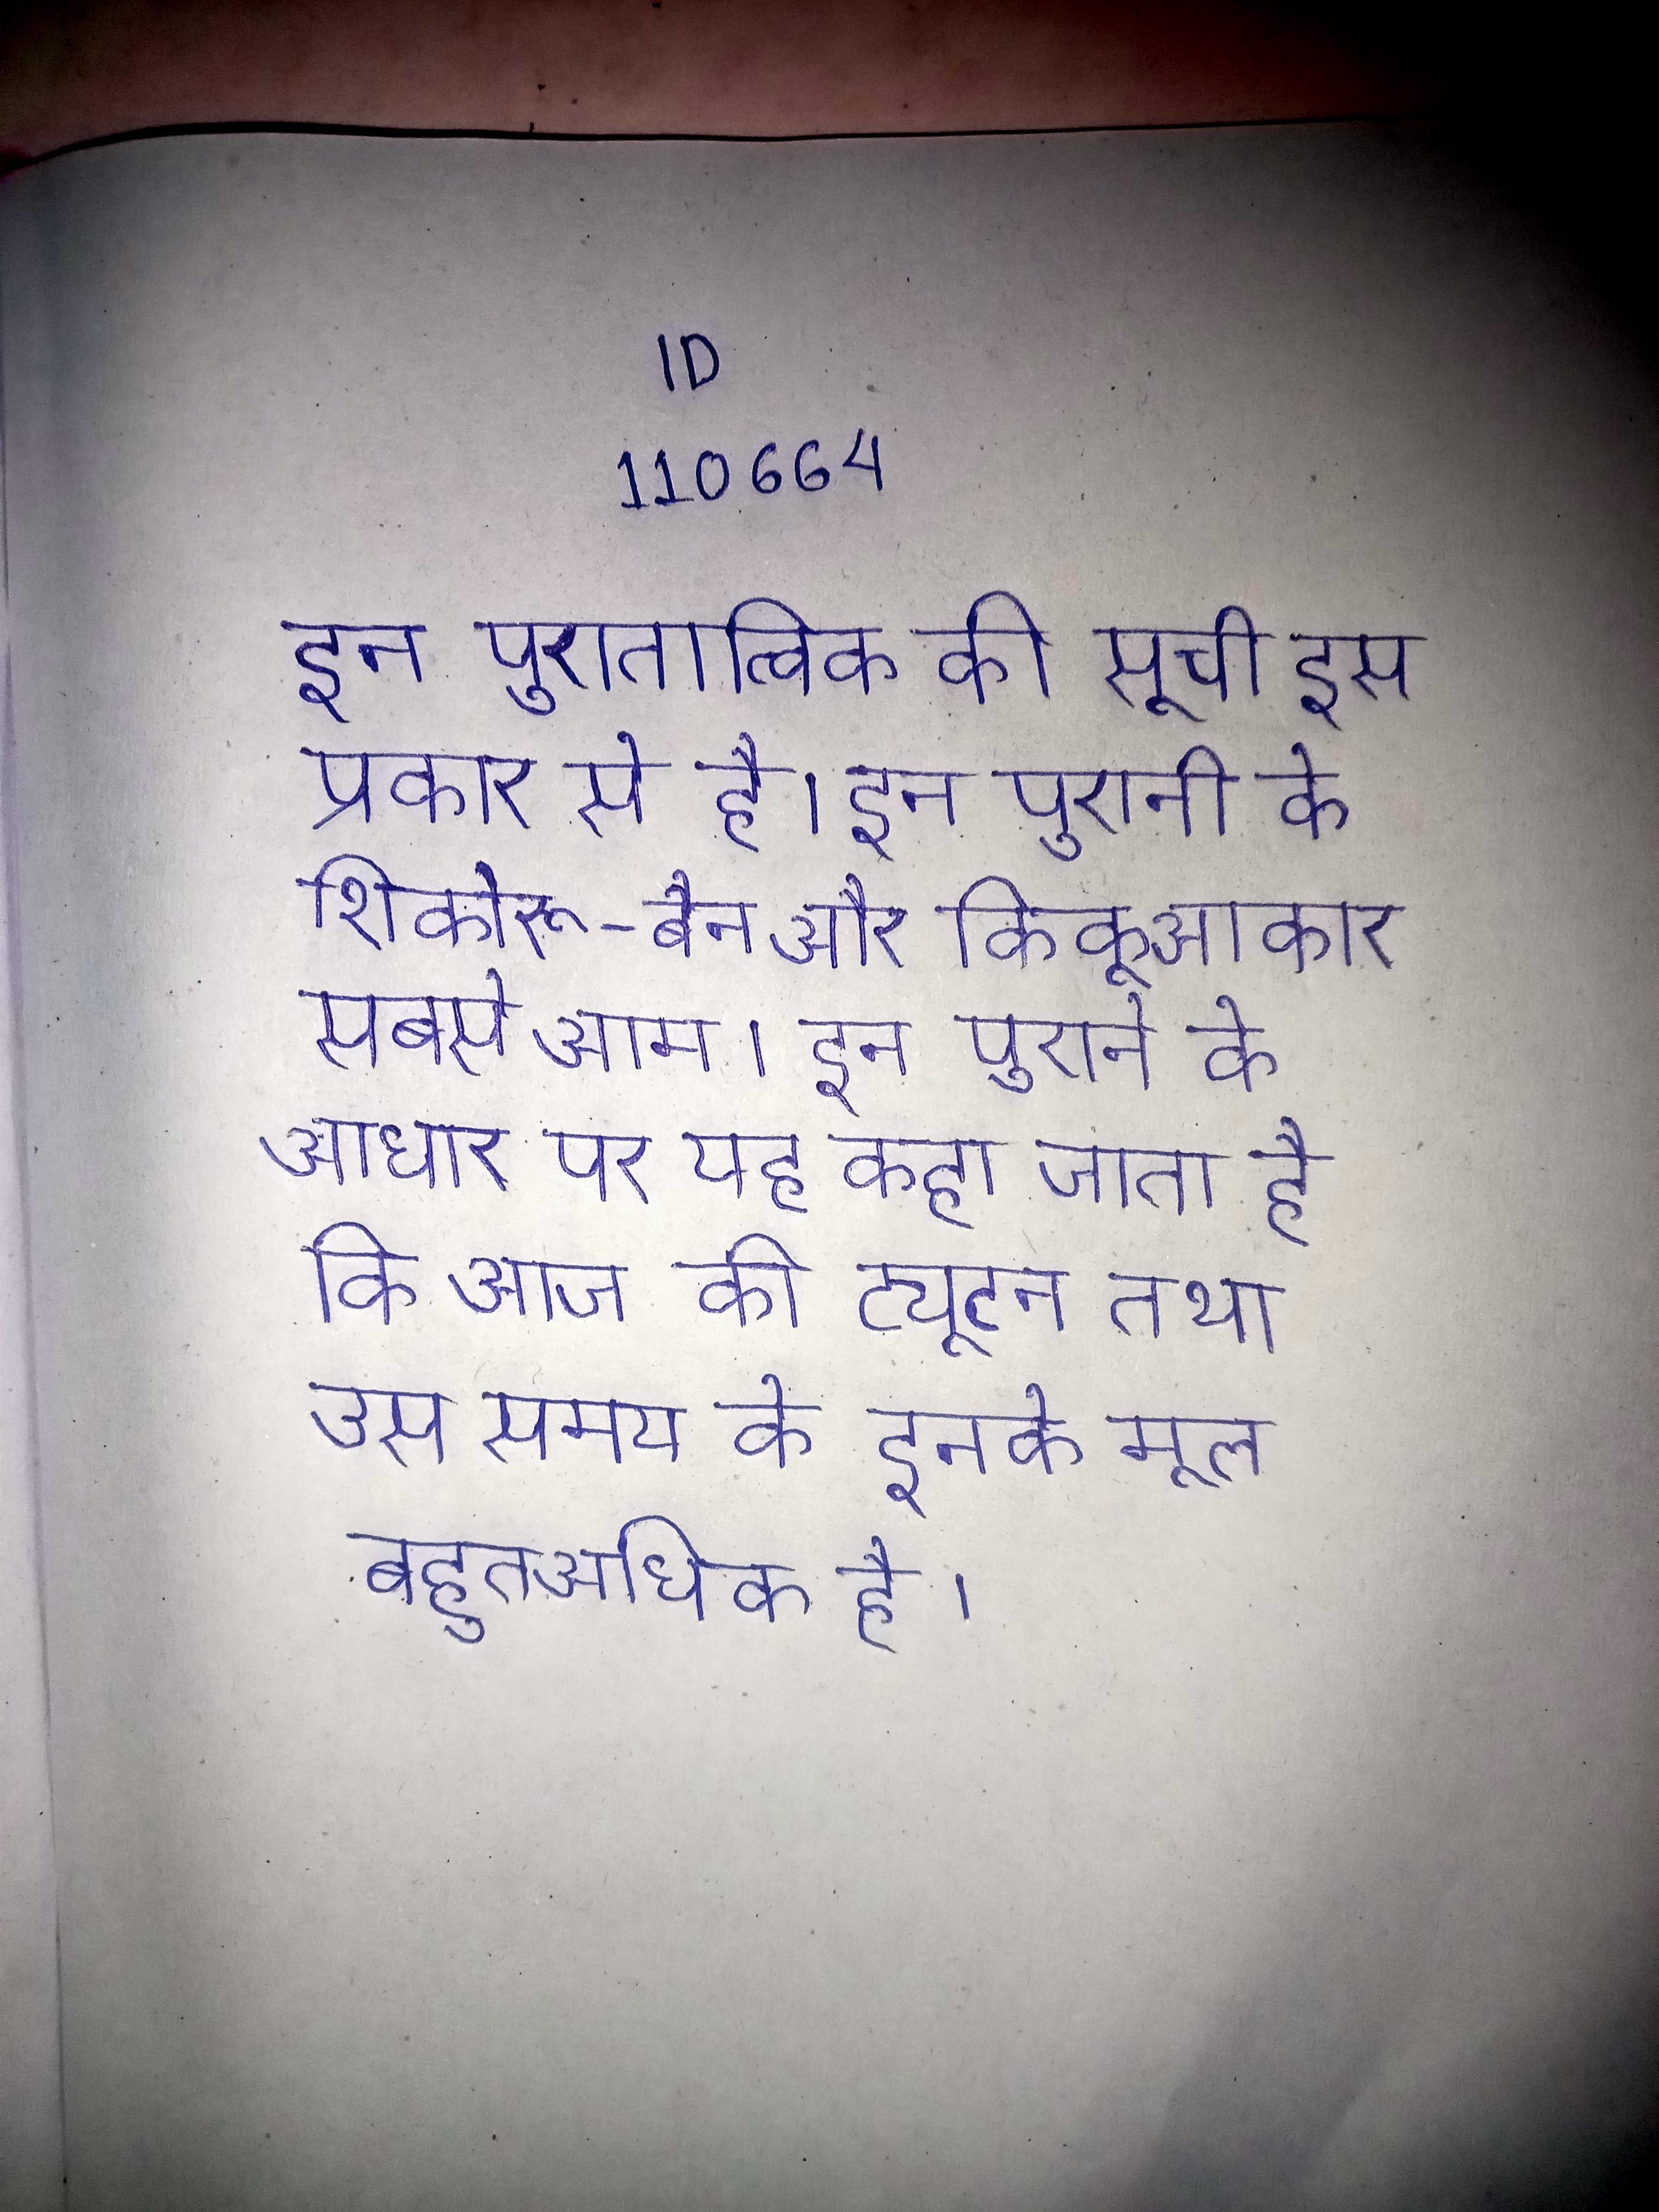
इन पुरातात्विक की सूची इस प्रकार से है । इन पुरानी के शिकोरू-बैन और किकू आकार सबसे आम । इन पुराने के आधार पर यह कहा जाता है कि आज की ट्यूटन तथा उस समय के इनके मूल बहुत अधिक है ।